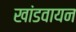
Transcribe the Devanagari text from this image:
खांडवायन